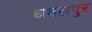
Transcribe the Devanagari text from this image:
धवलपुर